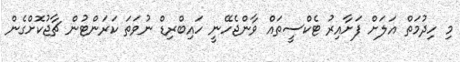
މި ހިދުމަތް އަލަށް ފަށާއިރު ޓެކްސީތައް ވާންޖެހޭނީ ހައިބްރިޑް ނުވަތަ ކަރަންޓުން ޗާޖުކޮށްގެން